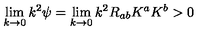
\lim _ { k \rightarrow 0 } k ^ { 2 } \psi = \lim _ { k \rightarrow 0 } k ^ { 2 } R _ { a b } K ^ { a } K ^ { b } > 0